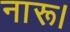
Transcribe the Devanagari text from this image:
नारू।